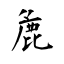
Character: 麁